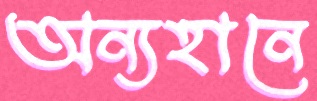
অন্যহানে